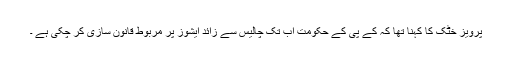
پرویز خٹک کا کہنا تھا کہ کے پی کے حکومت اب تک چالیس سے زائد ایشوز پر مربوط قانون سازی کر چکی ہے ۔